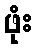
ဖုံး